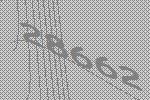
28662